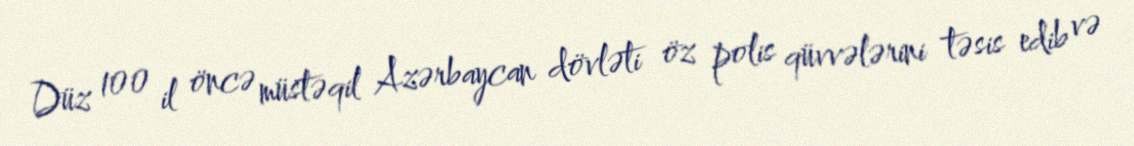
Düz 100 il öncə müstəqil Azərbaycan dövləti öz polis qüvvələrini təsis edib və